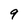
Character: 9